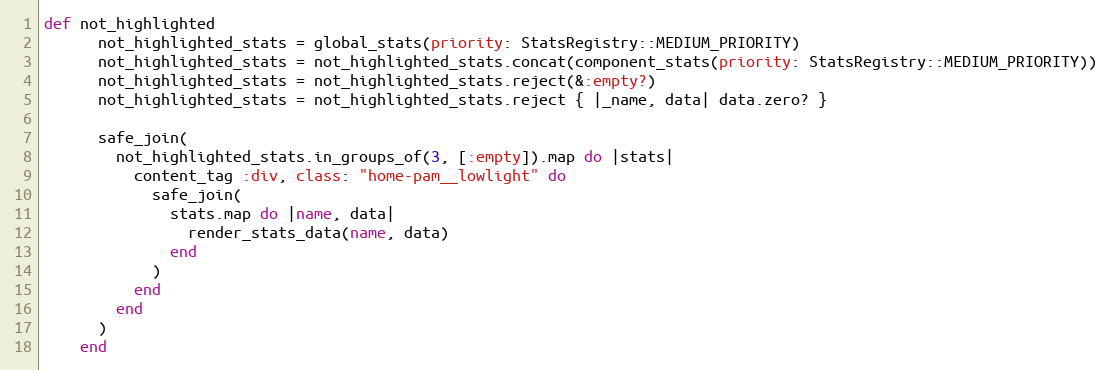
Language: Ruby
def not_highlighted
      not_highlighted_stats = global_stats(priority: StatsRegistry::MEDIUM_PRIORITY)
      not_highlighted_stats = not_highlighted_stats.concat(component_stats(priority: StatsRegistry::MEDIUM_PRIORITY))
      not_highlighted_stats = not_highlighted_stats.reject(&:empty?)
      not_highlighted_stats = not_highlighted_stats.reject { |_name, data| data.zero? }

      safe_join(
        not_highlighted_stats.in_groups_of(3, [:empty]).map do |stats|
          content_tag :div, class: "home-pam__lowlight" do
            safe_join(
              stats.map do |name, data|
                render_stats_data(name, data)
              end
            )
          end
        end
      )
    end